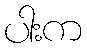
ပါးက